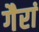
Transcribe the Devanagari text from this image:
गैरां